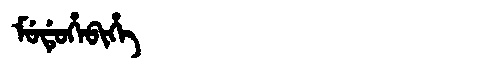
Manchu: ᠮᡠᡩᡠᡥᡝᠪᡳᡥᡝ
Romanization: MUDUHEBIHE